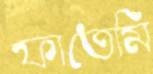
ফাতেমি